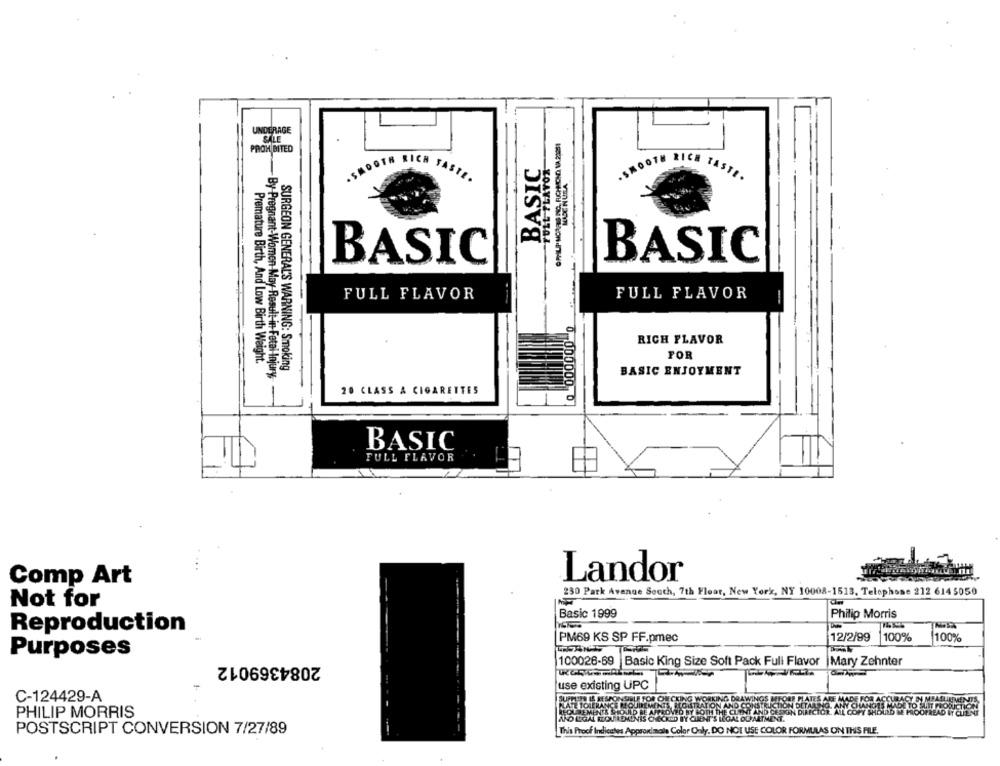
UNDERAGE
GPHILIPHORAS INC. RICHIONO VA 21351
PROHIBITED
BASIC
TULL FLAVOR
MOOTH RICE TASTE.
- SMOOTH SICH FASTE.
BASIC
BASIC
FULL FLAVOR
FULL FLAVOR
--
RICH FLAVOR
FOR
Premature Birth, And Low Birth Weight.
SURGEON GENERAL'S WARNING: Smoking
regnant-Women May Result in Fetal Injury
BASIC ENJOYMENT
20 CLASS A CIGARETTES
BASIC
FULL FLAVOR
Comp Art
Landor
230 Park Avenue South, 7th Floor, New York, NY 10008-1513, Telephone 212 614 5050
Not for
Basic 1999
Philip Morris
Reproduction
12/2/99
100%
PM69 KS SP FF.pmec
100%
Purposes
2084369012
100026-69
Basic King Size Soft Pack Full Flavor
Mary Zehnter
use existing UPC
C-124429-A
WINGS BEFORE
JIREM
PHILIP MORRIS
GAL DEPARTMEN
POSTSCRIPT CONVERSION 7/27/89
This Proof Indicates Approximale Color Only. DO NOT USE COLOR FORMULAS ON THIS FILE.